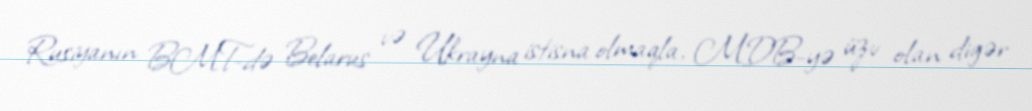
Rusiyanın BMT-də Belarus və Ukrayna istisna olmaqla, MDB-yə üzv olan digər